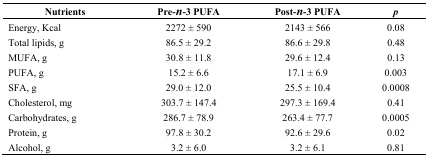
| Nutrients | Pre-n-3 PUFA | Post-n-3 PUFA | p |
 | --- | --- | --- | --- |
 | Energy, Kcal | 2272 ± 590 | 2143 ± 566 | 0.08 |
 | Total lipids, g | 86.5 ± 29.2 | 86.6 ± 29.8 | 0.48 |
 | MUFA, g | 30.8 ± 11.8 | 29.6 ± 12.4 | 0.13 |
 | PUFA, g | 15.2 ± 6.6 | 17.1 ± 6.9 | 0.003 |
 | SFA, g | 29.0 ± 12.0 | 25.5 ± 10.4 | 0.0008 |
 | Cholesterol, mg | 303.7 ± 147.4 | 297.3 ± 169.4 | 0.41 |
 | Carbohydrates, g | 286.7 ± 78.9 | 263.4 ± 77.7 | 0.0005 |
 | Protein, g | 97.8 ± 30.2 | 92.6 ± 29.6 | 0.02 |
 | Alcohol, g | 3.2 ± 6.0 | 3.2 ± 6.1 | 0.81 |